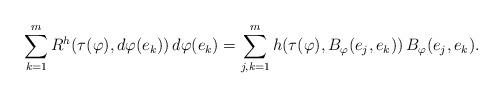
LaTeX: \begin{align*}\sum_{k=1}^mR^h(\tau(\varphi),d\varphi(e_k))\,d\varphi(e_k)= \sum_{j,k=1}^mh(\tau(\varphi),B_{\varphi}(e_j,e_k))\,B_{\varphi}(e_j,e_k).\end{align*}